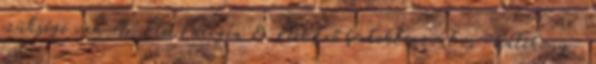
szüksége van Az ÉletEnergia & ÉletErő bírtoklásával és -hatékony-